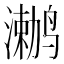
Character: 𲎅